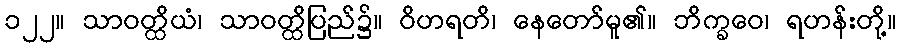
၁၂၂။ သာဝတ္ထိယံ၊ သာဝတ္ထိပြည်၌။ ဝိဟရတိ၊ နေတော်မူ၏။ ဘိက္ခဝေ၊ ရဟန်းတို့။